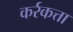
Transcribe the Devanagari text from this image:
कर्रकत्ता